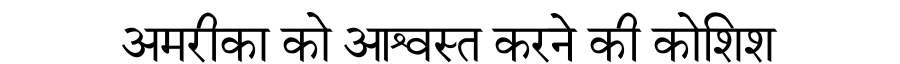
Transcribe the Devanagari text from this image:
अमरीका को आश्वस्त करने की कोशिश